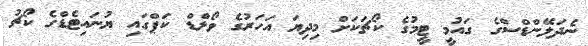
ނެދަލޭންޑްސްގެ ގައުމީ ޓީމުގެ ކޯޗަކަށް މިދިޔަ އަހަރުގެ ވޯލްޑް ކަޕްގައި ޔުނައިޓެޑްގެ ކޯޗު